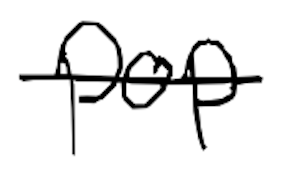
Text: pop
Cross-out: single-line
Writing tool: digital_black